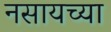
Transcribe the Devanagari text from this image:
नसायच्या